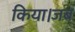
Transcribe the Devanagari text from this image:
किया।जब